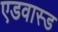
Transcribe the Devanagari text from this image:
एडवास्ड